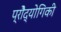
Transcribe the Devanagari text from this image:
प्रोैद्योगिकी